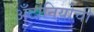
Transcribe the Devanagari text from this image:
अँटोनियोची